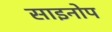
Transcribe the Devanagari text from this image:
साइनोप